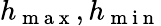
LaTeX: h_{\mathrm{~m~a~x~}},h_{\mathrm{~m~i~n~}}